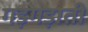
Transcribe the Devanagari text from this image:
गड़गड़ाती